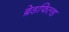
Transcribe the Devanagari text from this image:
ब्रेडफिल्ड